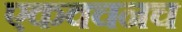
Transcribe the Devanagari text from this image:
एकवचनच